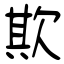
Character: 欺